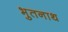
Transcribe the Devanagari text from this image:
भुतनाथ